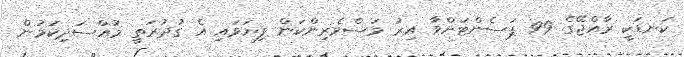
ކަނޑަކީ ރާއްޖޭގެ 99 ޕަސެންޓަށްވާ އިރު މަސްވެރިންކަން ފިޔަވައި އެ ގުދުރަތީ މުއްސަދިކަމުން